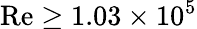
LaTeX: \mathrm{Re}\geq 1.03\times 10^{5}